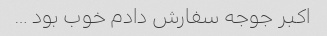
اکبر جوجه سفارش دادم خوب بود …